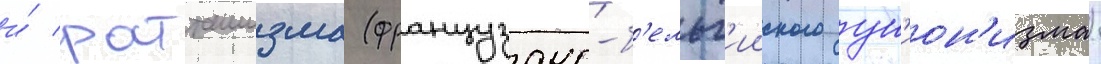
и́ ратташизма (французско-б'ельг'ииского ун'ион'изма)